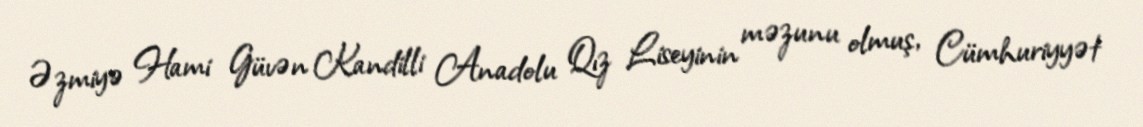
Əzmiyə Hami Güvən Kandilli Anadolu Qız Liseyinin məzunu olmuş, Cümhuriyyət